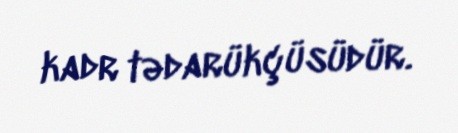
kadr tədarükçüsüdür.